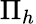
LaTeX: \Pi_{h}